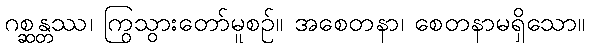
ဂစ္ဆန္တဿ၊ ကြွသွားတော်မူစဉ်။ အစေတနာ၊ စေတနာမရှိသော။